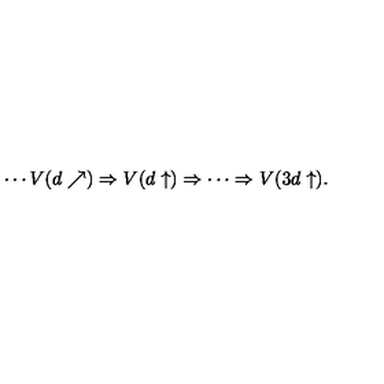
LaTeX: \cdots V ( d \nearrow ) \Rightarrow V ( d \uparrow ) \Rightarrow \cdots \Rightarrow V ( 3 d \uparrow ) .